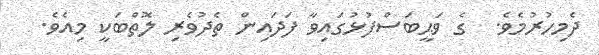
ދެމިހުރުމެވެ.  ގެ ވަޙީބަސްފުޅުގައިވާ ފަދައިން ތެދުވެރި ލޮތްބަކީ މިއެވެ.